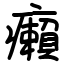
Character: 癩